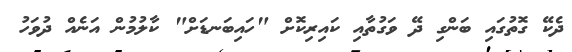
ދެކޭ ގޮތުގައި ބަންގި ދޭ ވަގުތާއި ކައިރިކޮށް "ހައިބަނޑަށް" ކާލުމުން އަނެއް ދުވަހު